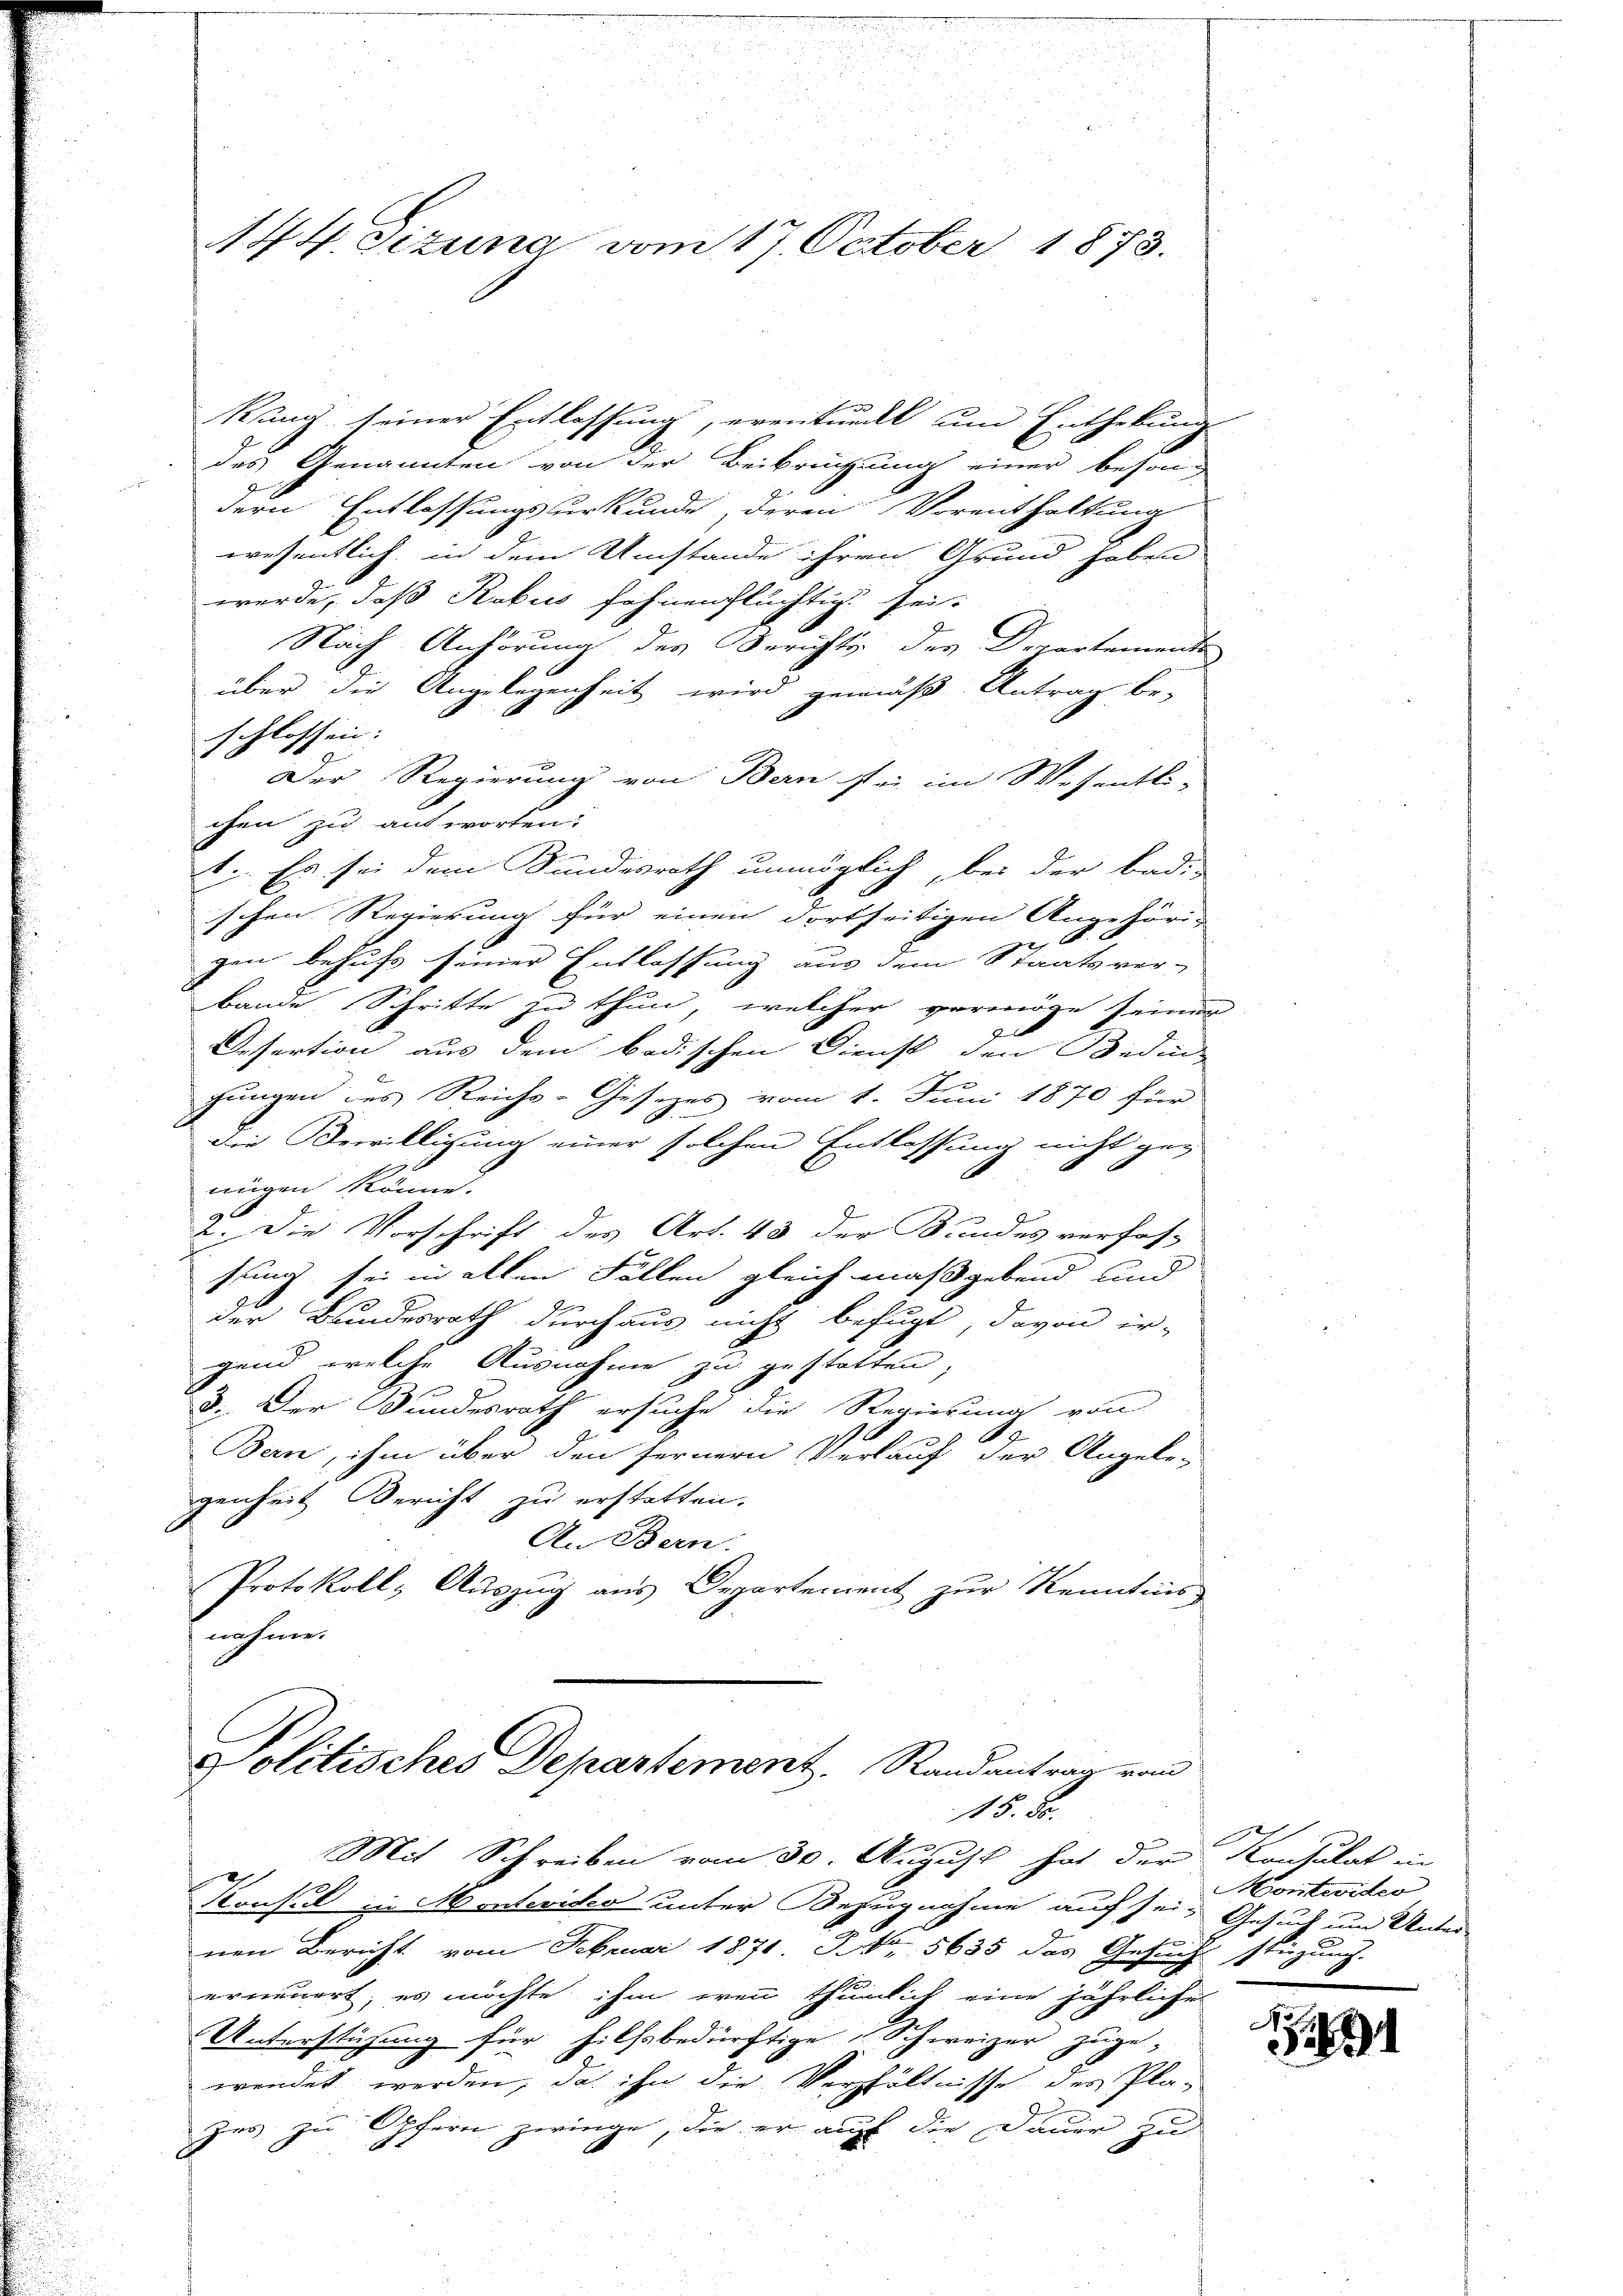
144. Fizuna vom 17. October 1873.

kung seiner Entlassung, eventuell um Enthebung
des Genannten von der Beibrüchung einer beson-
dern Entlassungsurkunde, deren Vorenthaltung
wesentlich, in dem Umstande ihren Grund haben
werde, daß Rabus sehnenflüchtig sei.
Nach Anhörung des Berichts der Departemente
über die Angelegenheit wird gemäß Antrag be-
schlossen.
d
Der Regierung von Bern sei im Wesentli-
chen zu antworten:
1. Es sei dem Sandesrath unmöglich, bei der Bad-
schen Regierung für einen dortseitigen Angehöri-
2
gen behufs seiner Entlassung aus dem Staatsver-
bande Schritte zu thun, welcher vermöge seinen
Dessertion aus dem badischen Dienst den Bedin-
hungen des Reichs-Gesetzes vom 1. Juni 1870 für
die Bewilligung einer solchen Entlassung nicht ge-
nügen könne.
2. Die Vorschrift des Art. 48 der Bundes verfas-
fung sei in allen Fällen gleich maßgebend und

der Bundesrath durchaus nicht befugt, davon ir-
gend welche Ausnahme zu gestatten,
8. Der Bundesrath ersuche die Regierung von
d
1
Bern, ihm über den fernern Verlauf der Angele-
genheit Bericht zu erstatten.
An Bern.
Protokoll, Auszug aus Departement zur Kenntnis
nehmen

Politisches Departement, Randantrag vom
15. 80.

Mit Schreiben vom 30. August hat der Konsulat in
Konsul zu Monterites unter Bezugnahme auf sei, Gesuch um Unter-
nen Bericht vom Februar 1871. IV 5635 das Gesuchs stüzung.
erneuert, es möchte ihm wenn thümlich eine jährliche
Unterstüzung für hilfsbedürftige Schweizer zuge-
wendet werden, das ihn die Verhältnisse des Pla-
zes zu Opfern zwinge, die er auf die Dauer zu

¬

Montevideo

1